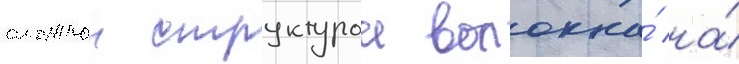
сложнои структурои волокна́ на́